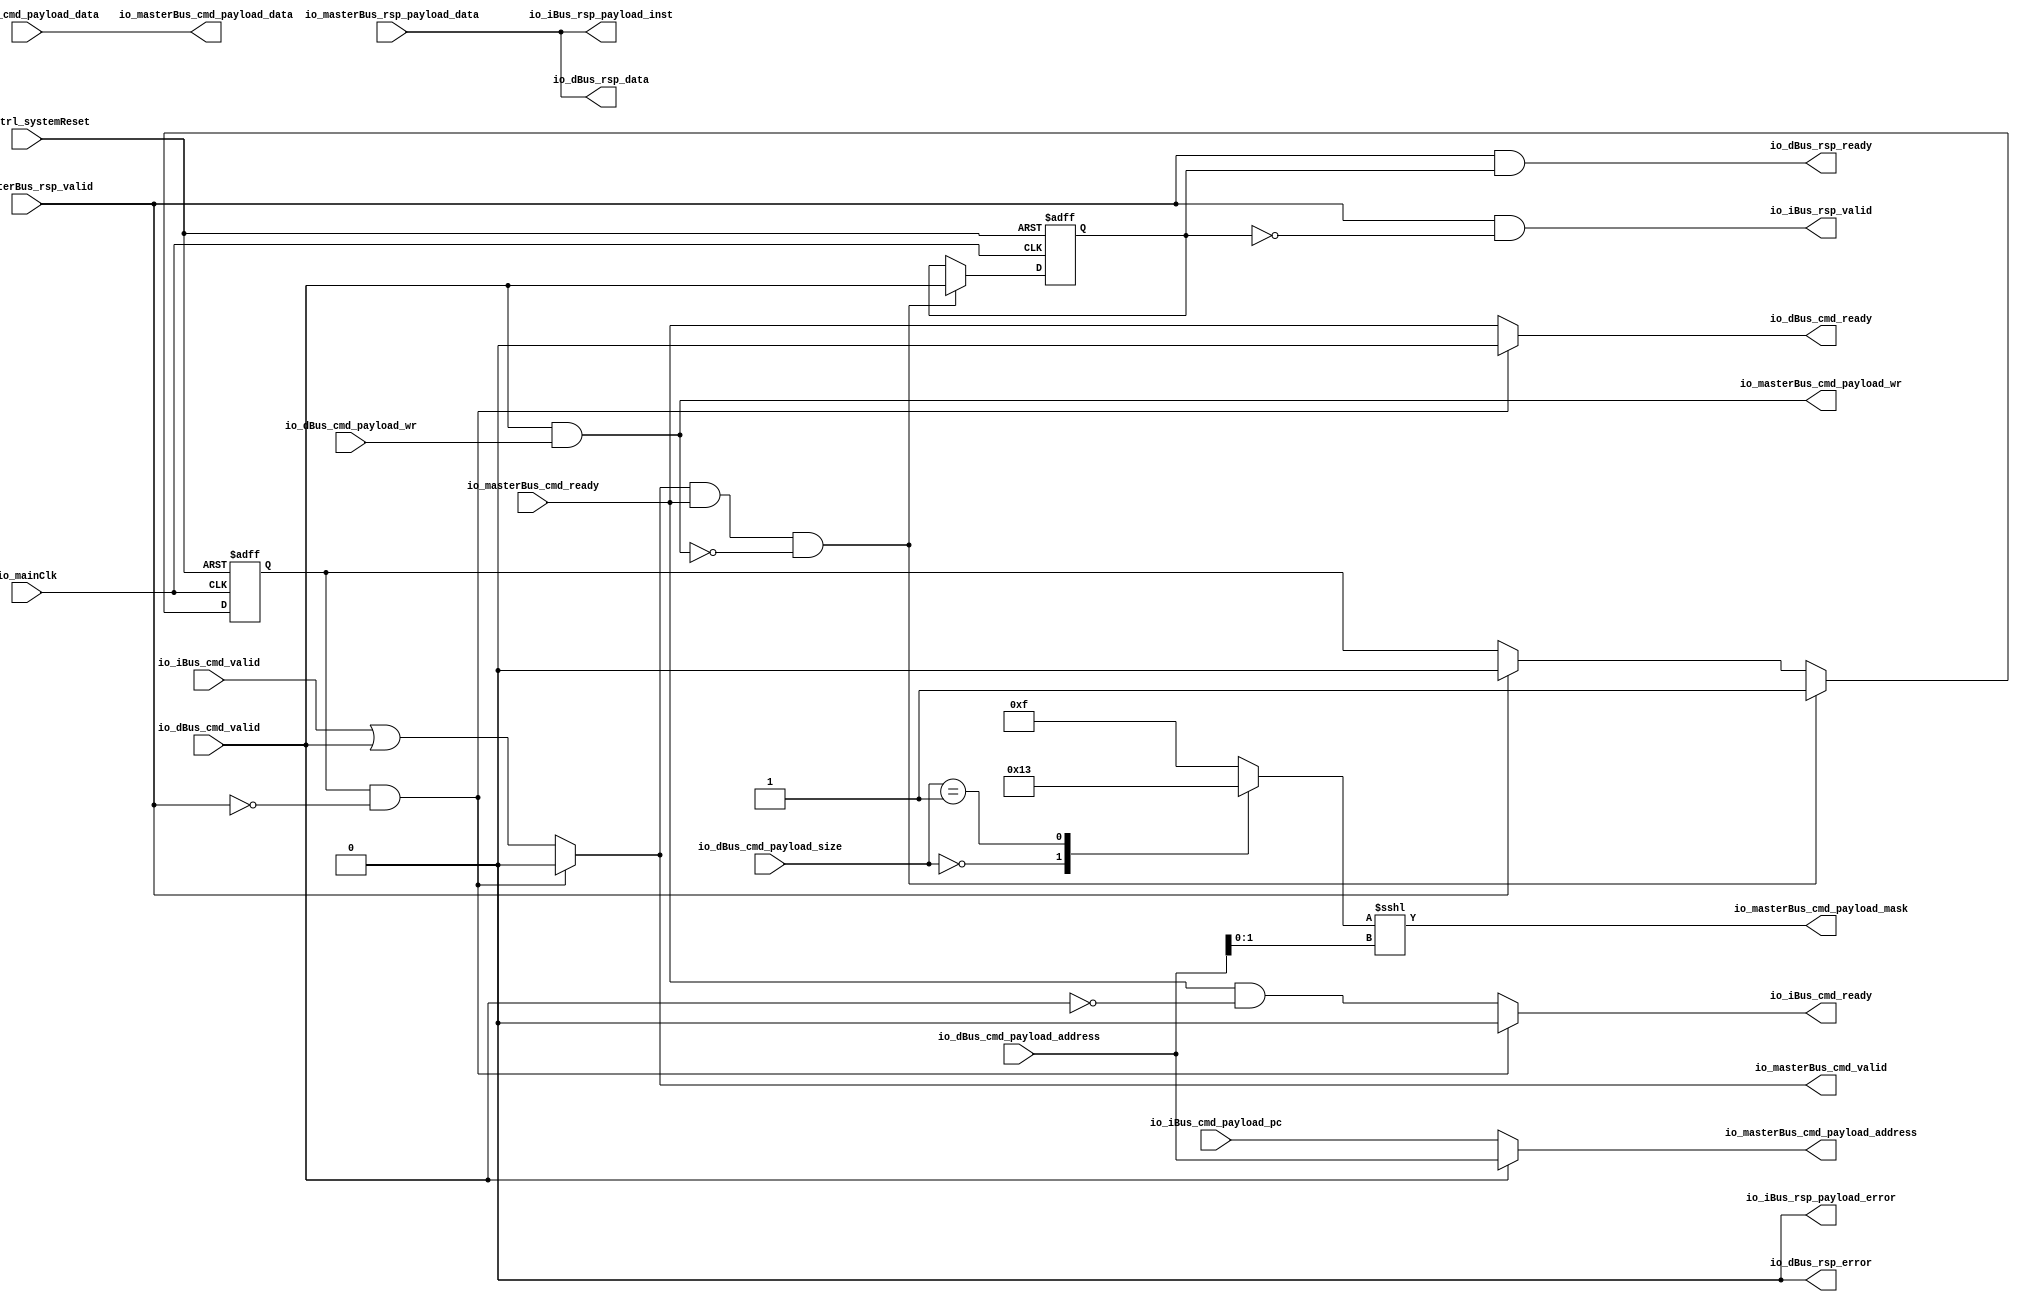
module MuraxMasterArbiter_1 (
      input   io_iBus_cmd_valid,
      output reg  io_iBus_cmd_ready,
      input  [31:0] io_iBus_cmd_payload_pc,
      output  io_iBus_rsp_valid,
      output  io_iBus_rsp_payload_error,
      output [31:0] io_iBus_rsp_payload_inst,
      input   io_dBus_cmd_valid,
      output reg  io_dBus_cmd_ready,
      input   io_dBus_cmd_payload_wr,
      input  [31:0] io_dBus_cmd_payload_address,
      input  [31:0] io_dBus_cmd_payload_data,
      input  [1:0] io_dBus_cmd_payload_size,
      output  io_dBus_rsp_ready,
      output  io_dBus_rsp_error,
      output [31:0] io_dBus_rsp_data,
      output reg  io_masterBus_cmd_valid,
      input   io_masterBus_cmd_ready,
      output  io_masterBus_cmd_payload_wr,
      output [31:0] io_masterBus_cmd_payload_address,
      output [31:0] io_masterBus_cmd_payload_data,
      output [3:0] io_masterBus_cmd_payload_mask,
      input   io_masterBus_rsp_valid,
      input  [31:0] io_masterBus_rsp_payload_data,
      input   io_mainClk,
      input   resetCtrl_systemReset);
  reg [3:0] _zz_1_;
  reg  rspPending;
  reg  rspTarget;
  always @ (*) begin
    io_masterBus_cmd_valid = (io_iBus_cmd_valid || io_dBus_cmd_valid);
    io_iBus_cmd_ready = (io_masterBus_cmd_ready && (! io_dBus_cmd_valid));
    io_dBus_cmd_ready = io_masterBus_cmd_ready;
    if((rspPending && (! io_masterBus_rsp_valid)))begin
      io_iBus_cmd_ready = 1'b0;
      io_dBus_cmd_ready = 1'b0;
      io_masterBus_cmd_valid = 1'b0;
    end
  end
  assign io_masterBus_cmd_payload_wr = (io_dBus_cmd_valid && io_dBus_cmd_payload_wr);
  assign io_masterBus_cmd_payload_address = (io_dBus_cmd_valid ? io_dBus_cmd_payload_address : io_iBus_cmd_payload_pc);
  assign io_masterBus_cmd_payload_data = io_dBus_cmd_payload_data;
  always @ (*) begin
    case(io_dBus_cmd_payload_size)
      2'b00 : begin
        _zz_1_ = (4'b0001);
      end
      2'b01 : begin
        _zz_1_ = (4'b0011);
      end
      default : begin
        _zz_1_ = (4'b1111);
      end
    endcase
  end
  assign io_masterBus_cmd_payload_mask = (_zz_1_ <<< io_dBus_cmd_payload_address[1 : 0]);
  assign io_iBus_rsp_valid = (io_masterBus_rsp_valid && (! rspTarget));
  assign io_iBus_rsp_payload_inst = io_masterBus_rsp_payload_data;
  assign io_iBus_rsp_payload_error = 1'b0;
  assign io_dBus_rsp_ready = (io_masterBus_rsp_valid && rspTarget);
  assign io_dBus_rsp_data = io_masterBus_rsp_payload_data;
  assign io_dBus_rsp_error = 1'b0;
  always @ (posedge io_mainClk or posedge resetCtrl_systemReset) begin
    if (resetCtrl_systemReset) begin
      rspPending <= 1'b0;
      rspTarget <= 1'b0;
    end else begin
      if(io_masterBus_rsp_valid)begin
        rspPending <= 1'b0;
      end
      if(((io_masterBus_cmd_valid && io_masterBus_cmd_ready) && (! io_masterBus_cmd_payload_wr)))begin
        rspTarget <= io_dBus_cmd_valid;
        rspPending <= 1'b1;
      end
    end
  end
endmodule